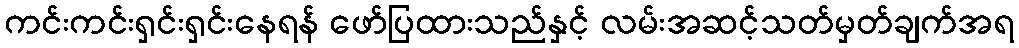
ကင်းကင်းရှင်းရှင်းနေရန် ဖော်ပြထားသည်နှင့် လမ်းအဆင့်သတ်မှတ်ချက်အရ